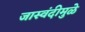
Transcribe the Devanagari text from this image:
जास्वंदीमुळे